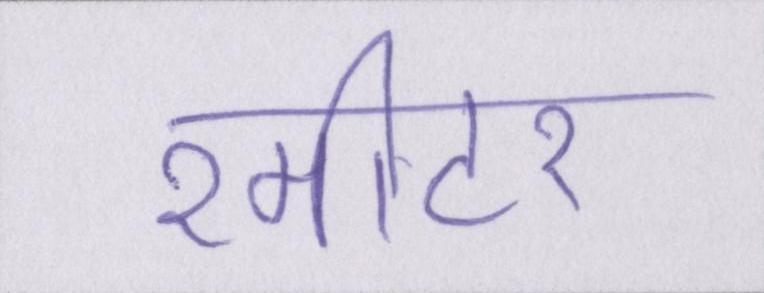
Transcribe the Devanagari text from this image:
२मीटर